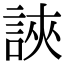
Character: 䛟